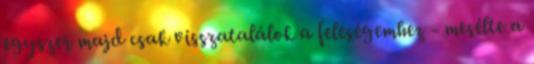
egyszer majd csak visszatalálok a feleségemhez - mesélte a